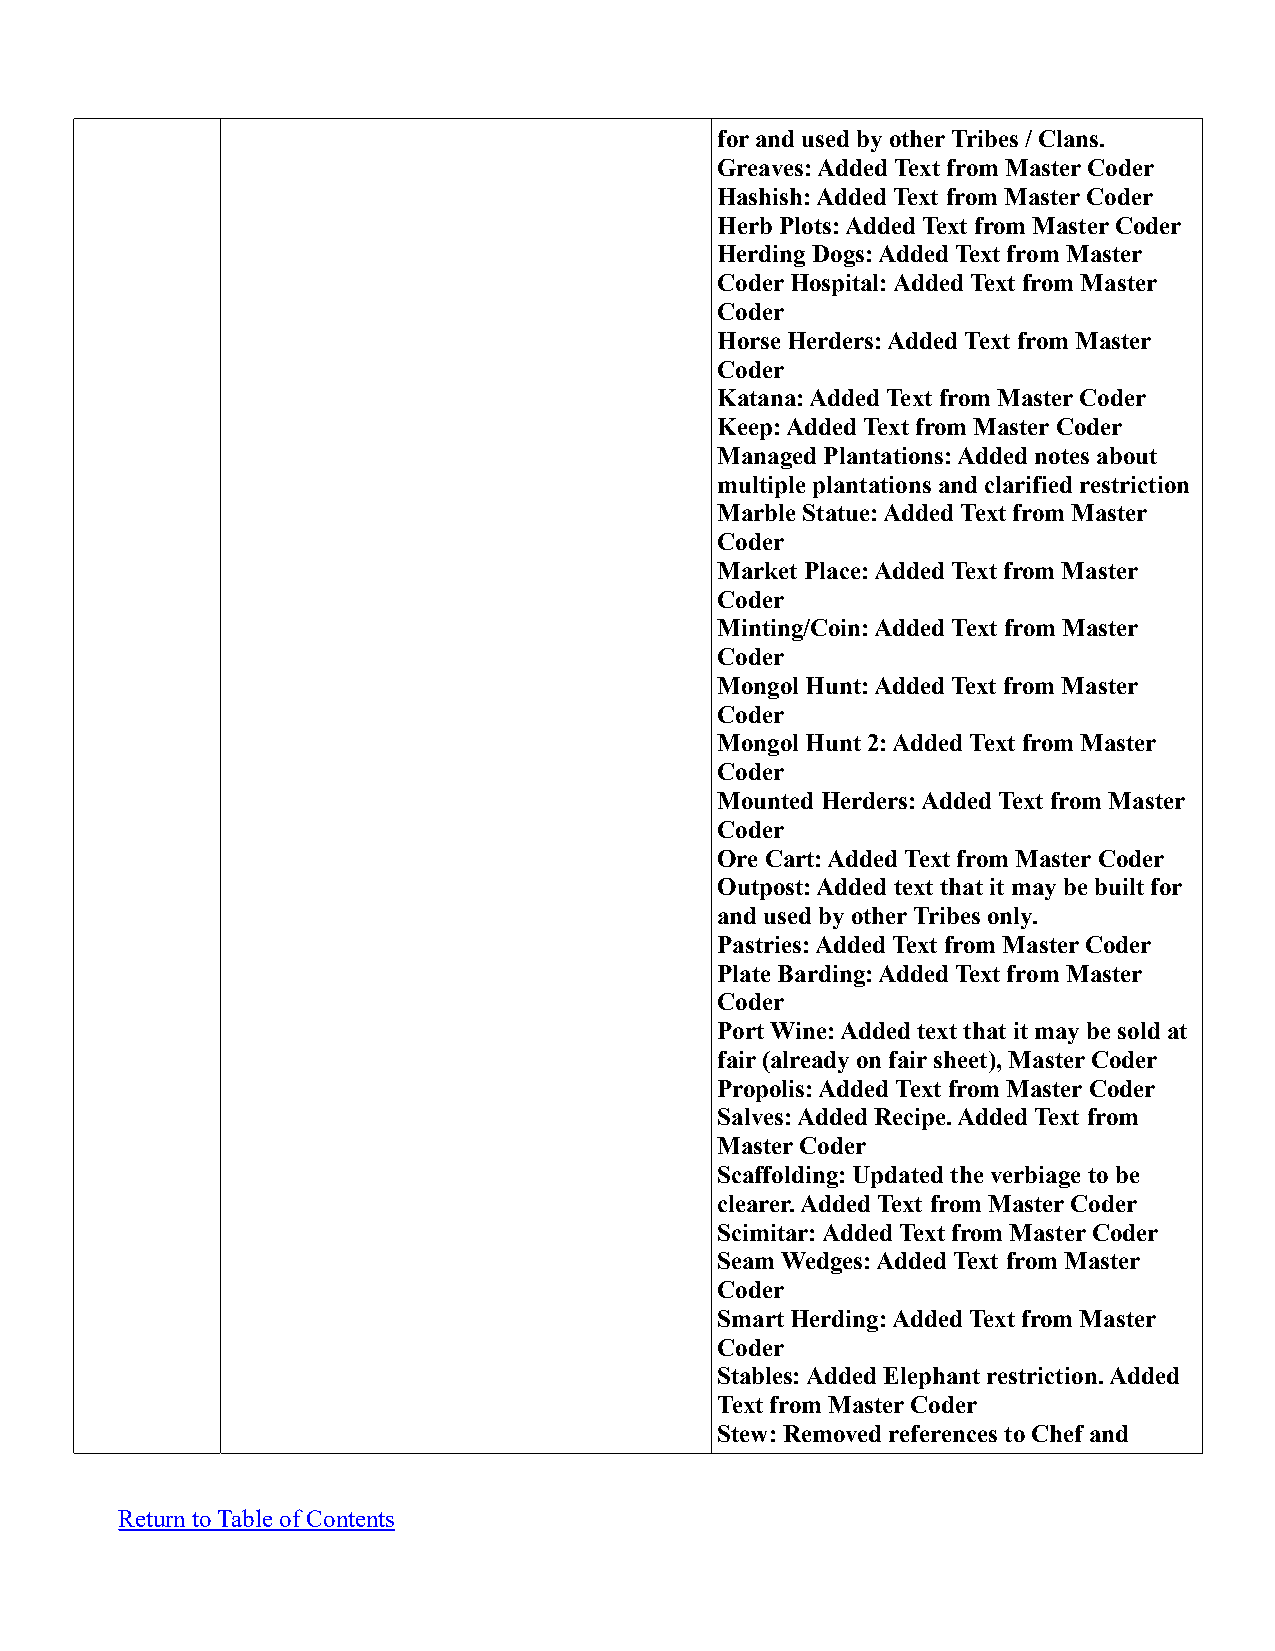
for and used by other Tribes / Clans.
 Greaves: Added Text from Master Coder
 Hashish: Added Text from Master Coder
 Herb Plots: Added Text from Master Coder
 Herding Dogs: Added Text from Master
 Coder Hospital: Added Text from Master
 Coder
 Horse Herders: Added Text from Master
 Coder
 Katana: Added Text from Master Coder
 Keep: Added Text from Master Coder
 Managed Plantations: Added notes about
 multiple plantations and clarified restriction
 Marble Statue: Added Text from Master
 Coder
 Market Place: Added Text from Master
 Coder
 Minting/Coin: Added Text from Master
 Coder
 Mongol Hunt: Added Text from Master
 Coder
 Mongol Hunt 2: Added Text from Master
 Coder
 Mounted Herders: Added Text from Master
 Coder
 Ore Cart: Added Text from Master Coder
 Outpost: Added text that it may be built for
 and used by other Tribes only.
 Pastries: Added Text from Master Coder
 Plate Barding: Added Text from Master
 Coder
 Port Wine: Added text that it may be sold at
 fair (already on fair sheet), Master Coder
 Propolis: Added Text from Master Coder
 Salves: Added Recipe. Added Text from
 Master Coder
 Scaffolding: Updated the verbiage to be
 clearer. Added Text from Master Coder
 Scimitar: Added Text from Master Coder
 Seam Wedges: Added Text from Master
 Coder
 Smart Herding: Added Text from Master
 Coder
 Stables: Added Elephant restriction. Added
 Text from Master Coder
 Stew: Removed references to Chef and
 Return to Table of Contents